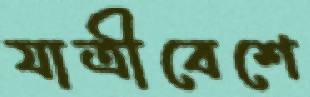
যাত্রীবেশে